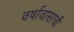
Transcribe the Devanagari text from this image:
वर्षावासाची